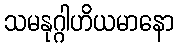
သမနုဂ္ဂါဟိယမာနော